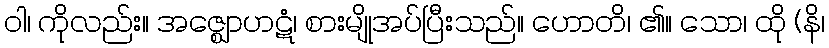
ဝါ၊ ကိုလည်း။ အဇ္ဈောဟဋံ၊ စားမျိုအပ်ပြီးသည်။ ဟောတိ၊ ၏။ သော၊ ထို (နိ၊